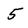
Character: 5